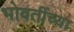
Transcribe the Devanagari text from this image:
भोवतींच्या